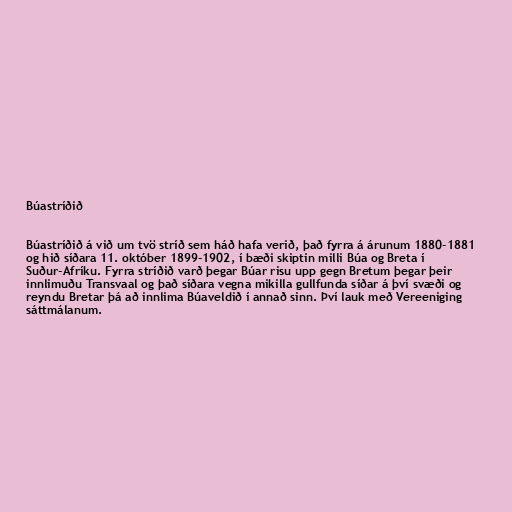
Búastríðið

Búastríðið á við um tvö stríð sem háð hafa verið, það fyrra á árunum 1880-1881
og hið síðara 11. október 1899-1902, í bæði skiptin milli Búa og Breta í
Suður-Afríku. Fyrra stríðið varð þegar Búar risu upp gegn Bretum þegar þeir
innlimuðu Transvaal og það síðara vegna mikilla gullfunda síðar á því svæði og
reyndu Bretar þá að innlima Búaveldið í annað sinn. Því lauk með Vereeniging
sáttmálanum.